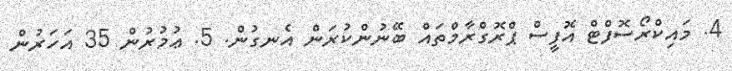
4. މައިކްރޯސޮފްޓް އޮފީސް ޕްރޮގްރާމްތައް ބޭނުންކުރަން އެނގުން. 5. ޢުމުރުން 35 އަހަރުން